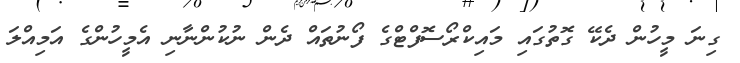
ގިނަ މީހުން ދެކޭ ގޮތުގައި މައިކްރޯސޮފްޓްގެ ފޯނުތައް ދެން ނުކުންނާނި އެމީހުންގެ އަމިއްލަ